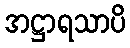
အဋ္ဌာရသာပိ